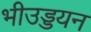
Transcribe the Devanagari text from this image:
भीउड्डयन